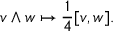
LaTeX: v \wedge w \mapsto { \frac { 1 } { 4 } } [ v , w ] .